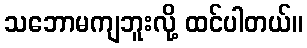
သဘောမကျဘူးလို့ ထင်ပါတယ်။